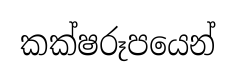
කක්ෂරූපයෙන්